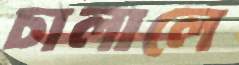
চালালে